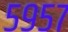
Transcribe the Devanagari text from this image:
५९५७